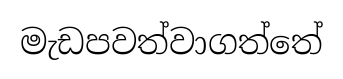
මැඩපවත්වාගත්තේ